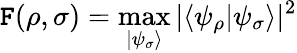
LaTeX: \mathtt{F}(\rho,\sigma)=\operatorname*{max}_{|\psi_{\sigma}\rangle}|\langle\psi_{\rho}|\psi_{\sigma}\rangle|^{2}